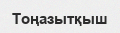
Тоңазытқыш